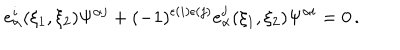
LaTeX: e _ { \alpha } ^ { i } ( \xi _ { 1 } , \xi _ { 2 } ) \Psi ^ { \alpha j } + ( - 1 ) ^ { \epsilon ( i ) \epsilon ( j ) } e _ { \alpha } ^ { j } ( \xi _ { 1 } , \xi _ { 2 } ) \Psi ^ { \alpha i } = 0 \, .